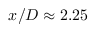
x / D \approx 2 . 2 5